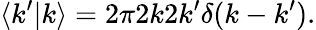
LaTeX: \langle k^{\prime}|k\rangle=2\pi 2k2k^{\prime}\delta(k-k^{\prime}).